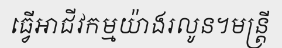
ធ្វើអាជីវកម្មយ៉ាងរលូន។មន្ត្រី